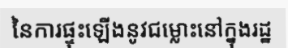
នៃការផ្ទុះឡើងនូវជម្លោះនៅក្នុងរដ្ឋ